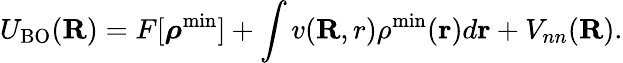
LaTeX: U_{\mathrm{BO}}({\mathbf R})=F[{\boldsymbol\rho^{\mathrm{min}}}]+\int v({\mathbf R,r})\rho^{\mathrm{min}}({\mathbf r})d{\mathbf r}+V_{nn}({\mathbf R}).